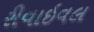
રીવાઇવલ